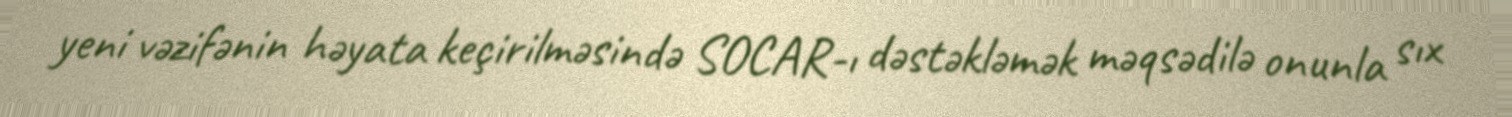
yeni vəzifənin həyata keçirilməsində SOCAR-ı dəstəkləmək məqsədilə onunla sıx